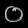
Digit: ၀